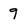
Character: 9